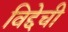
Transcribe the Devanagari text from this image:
विद्देची